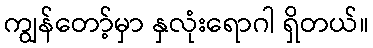
ကျွန်တော့်မှာ နှလုံးရောဂါ ရှိတယ်။